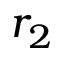
r _ { 2 }